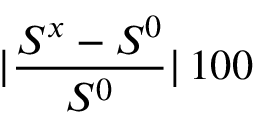
\vert \frac { S ^ { x } - S ^ { 0 } } { S ^ { 0 } } \vert \, 1 0 0 \